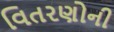
વિતરણોની